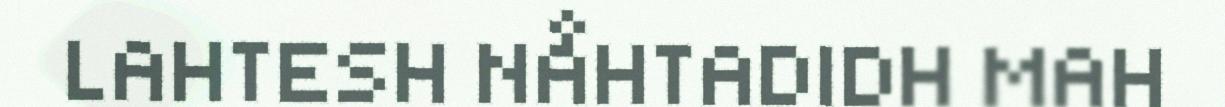
LAHTESH NÅHTADIDH MAH